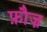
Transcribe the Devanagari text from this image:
फ़ौज़